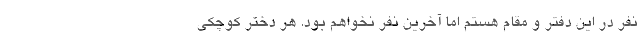
نفر در این دفتر و مقام هستم اما آخرین نفر نخواهم بود. هر دختر کوچکی